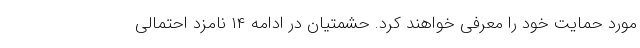
مورد حمایت خود را معرفی خواهند کرد. حشمتیان در ادامه ۱۴ نامزد احتمالی